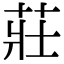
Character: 莊